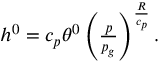
\begin{array} { r } { h ^ { 0 } = c _ { p } \theta ^ { 0 } \left( \frac { p } { p _ { g } } \right) ^ { \frac { R } { c _ { p } } } . } \end{array}